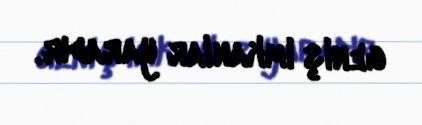
geniş imkanlar yaradır.